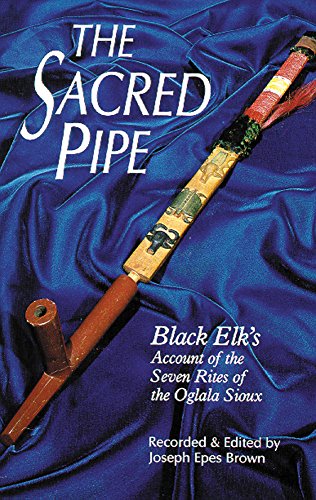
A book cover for The Sacred Pipe: Black ElkEEs Account of the Seven Rites of the Oglala Sioux (The Civilization of the American Indian Series); Joseph Epes Brown; Literature & Fiction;